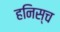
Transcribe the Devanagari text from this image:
हनिस्च